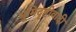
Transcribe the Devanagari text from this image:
भूमिदृष्टीवादी